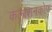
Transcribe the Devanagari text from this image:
कलाशनकोफ